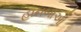
હાનબાઓ